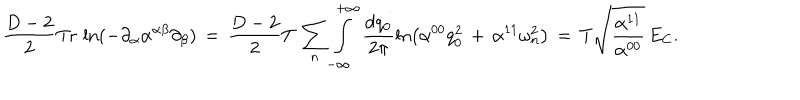
\frac { D - 2 } { 2 } \mathrm { T r } \, \ln ( - \partial _ { \alpha } \alpha ^ { \alpha \beta } \partial _ { \beta } ) \, = \, \frac { D - 2 } { 2 } T \, \sum _ { n } ^ { } \int _ { - \infty } ^ { + \infty } \frac { d q _ { 0 } } { 2 \pi } \ln \left( \alpha ^ { 0 0 } q _ { 0 } ^ { 2 } \, + \, \alpha ^ { 1 1 } { \omega _ { n } ^ { 2 } } \right) \, = \, { T } \sqrt { \frac { \alpha ^ { 1 1 } } { \alpha ^ { 0 0 } } } \, E _ { \mathrm { C } } { . }